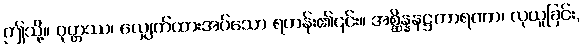
ဤသို့။ ဝုတ္တဿ၊ လျှေက်ထားအပ်သော ရဟန်း၏၎င်း။ အစ္ဆိန္နနဋ္ဌကာရဏာ၊ လုယူခြင်း,